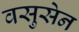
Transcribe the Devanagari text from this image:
वसुसेन